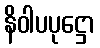
နိဝါပပုဋ္ဌော